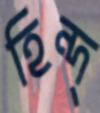
হিন্দ্